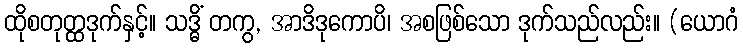
ထိုစတုတ္ထဒုက်နှင့်။ သဒ္ဓိံ တကွ, အာဒိဒုကောပိ၊ အစဖြစ်သော ဒုက်သည်လည်း။ (ယောဂံ